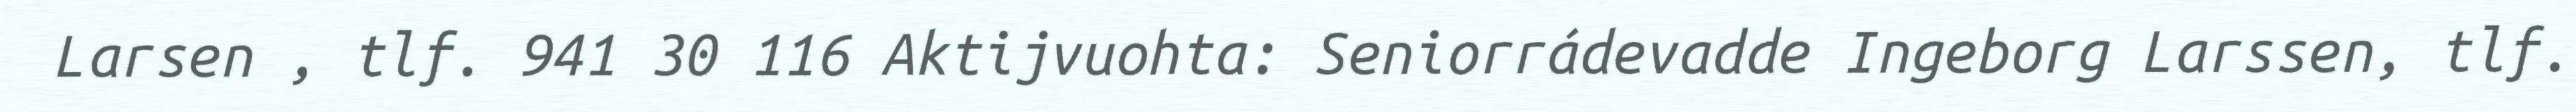
Larsen , tlf. 941 30 116 Aktijvuohta: Seniorrádevadde Ingeborg Larssen, tlf.